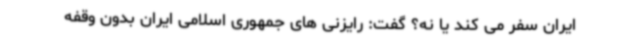
ایران سفر می کند یا نه؟ گفت: رایزنی های جمهوری اسلامی ایران بدون وقفه